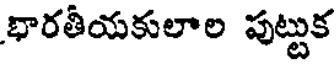
భారతీయకులాల పుట్టుక